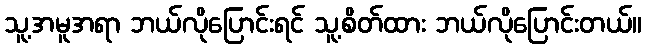
သူ့အမူအရာ ဘယ်လိုပြောင်းရင် သူ့စိတ်ထား ဘယ်လိုပြောင်းတယ်။